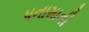
પનામાની